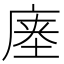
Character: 𰏽